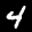
Label: 4